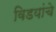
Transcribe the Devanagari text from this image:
विडयांचे